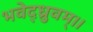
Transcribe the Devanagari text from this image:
भवेद्ध्रुवम्।।